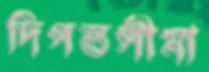
দিগন্তসীমা